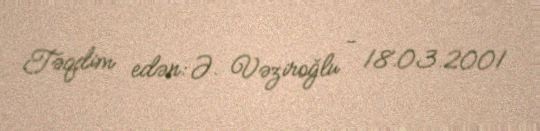
Təqdim edən: Ə. Vəziroğlu - 18.03.2001